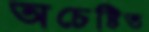
অচেষ্টিত